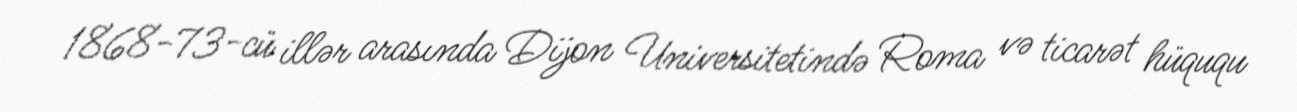
1868-73-cü illər arasında Dijon Universitetində Roma və ticarət hüququ